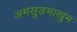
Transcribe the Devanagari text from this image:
अमसुङमाखुम